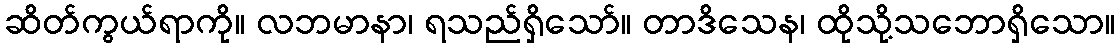
ဆိတ်ကွယ်ရာကို။ လဘမာနာ၊ ရသည်ရှိသော်။ တာဒိသေန၊ ထိုသို့သဘောရှိသော။